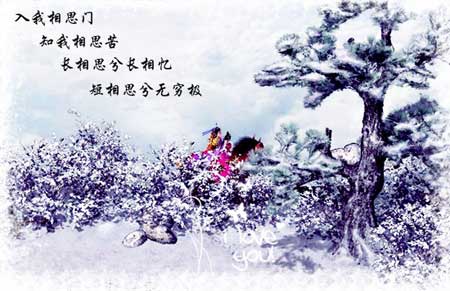
山无陵，江水为竭，冬雷震震，夏雨雪。天地合，乃敢与君绝。